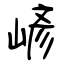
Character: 嵃